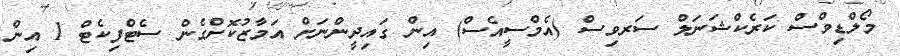
މޯލްޑިވްސް ކަރެކްޝަނަލް ސަރވިސް (އެމްސީއެސް) އިން ގައިދީންނަށް އަމާޒުކޮށްގެން ސެޓްފިކެޓް 1 އިން